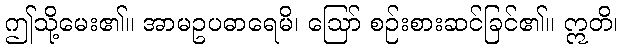
ဤသို့မေး၏။ အာမဥပဓာရေမိ၊ ဩော် စဉ်းစားဆင်ခြင်၏။ ဣတိ၊